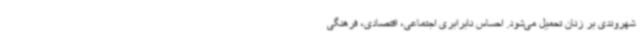
شهروندی بر زنان تحمیل می‌شود. احساس نابرابری اجتماعی، اقتصادی، فرهنگی